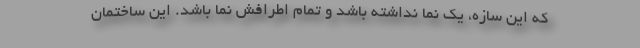
که این سازه، یک نما نداشته باشد و تمام اطرافش نما باشد. این ساختمان